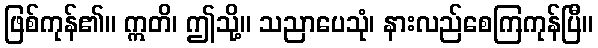
ဖြစ်ကုန်၏။ ဣတိ၊ ဤသို့။ သညာပေသုံ၊ နားလည်စေကြကုန်ပြီ။